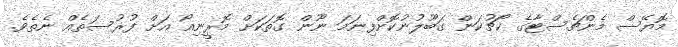
މޮޔޭސް މެންޗެސްޓާގެ ކޯޗުކަން ގަބޫލުނުކޮށްފިނަމަ ނޫން ގޮތަކަށް މޮރީނިއޯ އަށް ފުރުސަތެއް ނެތެވެ.